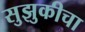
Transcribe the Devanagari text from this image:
सुझुकीचा